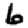
Digit: 6